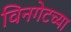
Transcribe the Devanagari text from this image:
विनगेटच्या